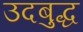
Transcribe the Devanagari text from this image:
उदबुद्ध